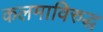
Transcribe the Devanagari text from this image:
कलमाविरुद्ध